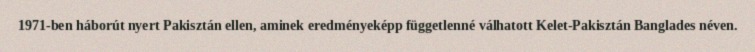
1971-ben háborút nyert Pakisztán ellen, aminek eredményeképp függetlenné válhatott Kelet-Pakisztán Banglades néven.